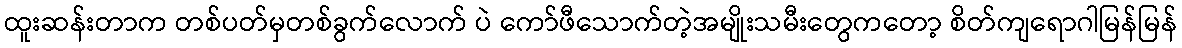
ထူးဆန်းတာက တစ်ပတ်မှတစ်ခွက်လောက် ပဲ ကော်ဖီသောက်တဲ့အမျိုးသမီးတွေကတော့ စိတ်ကျရောဂါမြန်မြန်